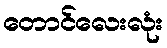
တောင်လေးလုံး